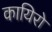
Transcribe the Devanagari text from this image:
कायिरो